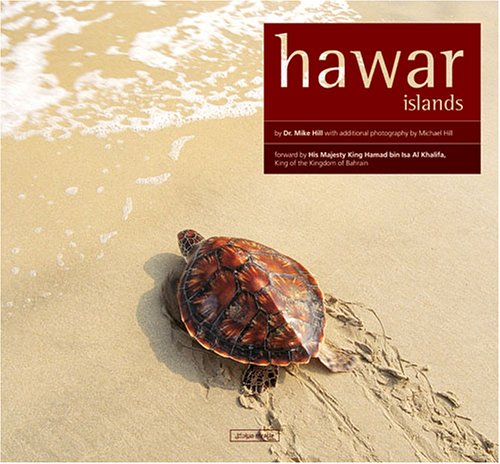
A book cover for Hawar islands; Mike Hill; Travel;